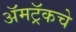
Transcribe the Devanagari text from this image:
ॲमट्रॅकचे